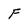
Character: F